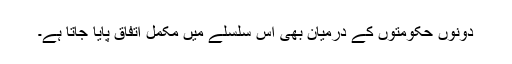
دونوں حکومتوں کے درمیان بھی اس سلسلے میں مکمل اتفاق پایا جاتا ہے۔